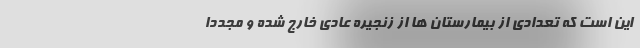
این است که تعدادی از بیمارستان ها از زنجیره عادی خارج شده و مجددا